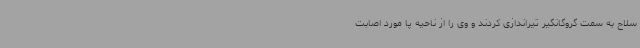
سلاح به سمت گروگانگیر تیراندازی کردند و وی را از ناحیه پا مورد اصابت